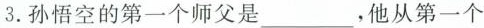
3.孙悟空的第一个师父是___，他从第一个